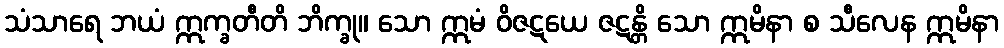
သံသာရေ ဘယံ ဣက္ခတီတိ ဘိက္ခု။ သော ဣမံ ဝိဇဋယေ ဇဋန္တိ သော ဣမိနာ စ သီလေန ဣမိနာ